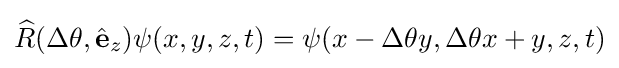
{\widehat {R}}(\Delta \theta ,{\hat {\mathbf {e} }}_{z})\psi (x,y,z,t)=\psi (x-\Delta \theta y,\Delta \theta x+y,z,t)